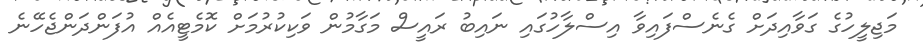
މަޖިލީހުގެ ގަވާއިދަށް ގެނެސްފައިވާ އިސްލާހުގައި ނައިބު ރައީސް މަގާމުން ވަކިކުރުމަށް ކޮމެޓީއެއް އުފަންދަންޖެހޭނެ